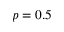
p = 0 . 5